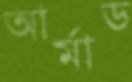
আর্মাড